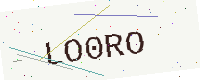
Text: LO0RO